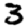
Digit: 3